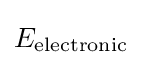
E_{\text{electronic}}